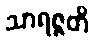
သာရဇ္ဇတိ